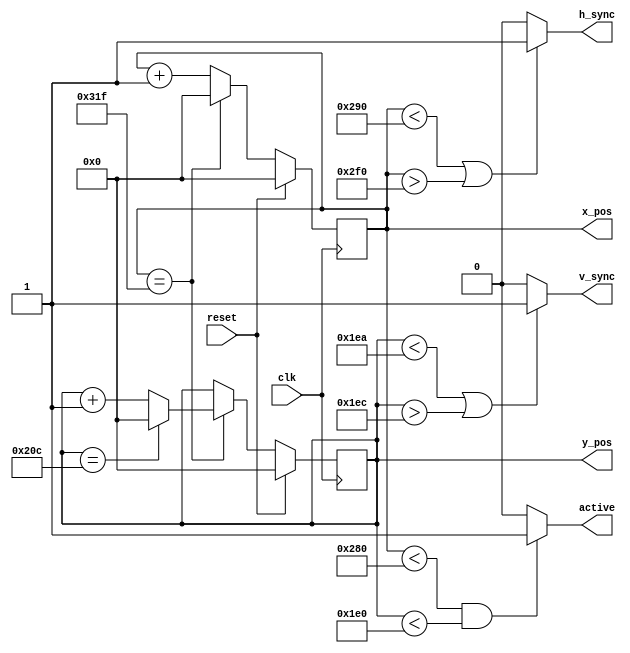
// Copyright 2024 Stefan Hirschbck
// Licensed under the Apache License, Version 2.0 (the "License");
// you may not use this file except in compliance with the License. 
// You may obtain a copy of the License at
// 
// http://www.apache.org/licenses/LICENSE2.0
// 
// Unless required by applicable law or agreed to in writing, software
// distributed under the License is distributed on an "AS IS" BASIS,
// WITHOUT WARRANTIES OR CONDITIONS OF ANY KIND, either express or implied. See the License for the specific language governing permissions and
// limitations under the License.

`default_nettype none

module vga_sync
#(
    parameter BIT = 10, // ceil(maxPx=800) 
    parameter[BIT-1:0] HRES = 640,
    parameter[BIT-1:0] VRES = 480,
    parameter[BIT-1:0] H_FRONT_PORCH = 16,
    parameter[BIT-1:0] H_SYNC = 96,
    parameter[BIT-1:0] H_BACK_PORCH = 48,
    parameter[BIT-1:0] V_FRONT_PORCH = 10,
    parameter[BIT-1:0] V_BACK_PORCH = 33,
    parameter[BIT-1:0] V_SYNC = 2
) (
    input wire clk, // 25.179 MHz 
    input wire reset,
    output wire h_sync,
    output wire v_sync,
    output wire[BIT-1:0] x_pos, // x position in px
    output wire[BIT-1:0] y_pos, // y position
    output wire active // 1 if in active region of screen, 0 if not
);

parameter[BIT-1:0] H_TOTAL = HRES + H_FRONT_PORCH + H_SYNC + H_BACK_PORCH; // 800 px
parameter[BIT-1:0] V_TOTAL = VRES + V_FRONT_PORCH + V_SYNC + V_BACK_PORCH; // 525 px

reg[BIT-1:0] hsync_cnt, next_hsync_cnt, vsync_cnt, next_vsync_cnt;

always @(posedge clk) begin: reg_process
    if (reset) begin
        hsync_cnt <= {BIT{1'b0}};
        vsync_cnt <= {BIT{1'b0}};
    end else begin
        hsync_cnt <= next_hsync_cnt;
        vsync_cnt <= next_vsync_cnt;
    end 
end

always @(hsync_cnt, vsync_cnt) begin: combinatorics
    next_hsync_cnt = hsync_cnt;
    next_vsync_cnt = vsync_cnt;
    if (hsync_cnt == H_TOTAL-1) begin
        next_hsync_cnt = {BIT{1'b0}}; // reset horizontal counter
        if (vsync_cnt == V_TOTAL-1) begin
        next_vsync_cnt = {BIT{1'b0}}; // reset vertical counter
    	end else begin
        next_vsync_cnt = vsync_cnt + 1'b1;
    	end
    end else begin
        next_hsync_cnt = hsync_cnt + 1'b1;
    end
end

assign h_sync = ((hsync_cnt < HRES + H_FRONT_PORCH || hsync_cnt > H_TOTAL - H_BACK_PORCH) ? 1'b1 : 1'b0); 
assign v_sync = ((vsync_cnt < VRES + V_FRONT_PORCH || vsync_cnt > V_TOTAL - V_BACK_PORCH) ? 1'b1 : 1'b0); 
assign x_pos = hsync_cnt;
assign y_pos = vsync_cnt;
assign active = (hsync_cnt < HRES && vsync_cnt < VRES) ? 1'b1 : 1'b0;


endmodule